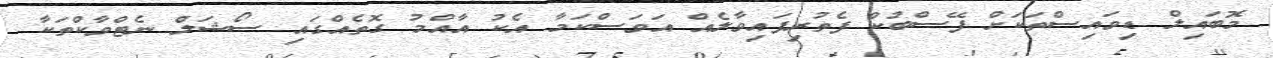
މޮބައިލް ޑިވައިސްތަކަށް ފޭސްބުކް ފެތުރިފައިވާލެއް އަވަސްކަމާ އެކު އާއްމު ގޮތެއްގައި ސޯޝަލް ނެޓްވާކްތަކާ